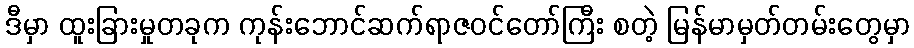
ဒီမှာ ထူးခြားမှုတခုက ကုန်းဘောင်ဆက်ရာဇဝင်တော်ကြီး စတဲ့ မြန်မာမှတ်တမ်းတွေမှာ